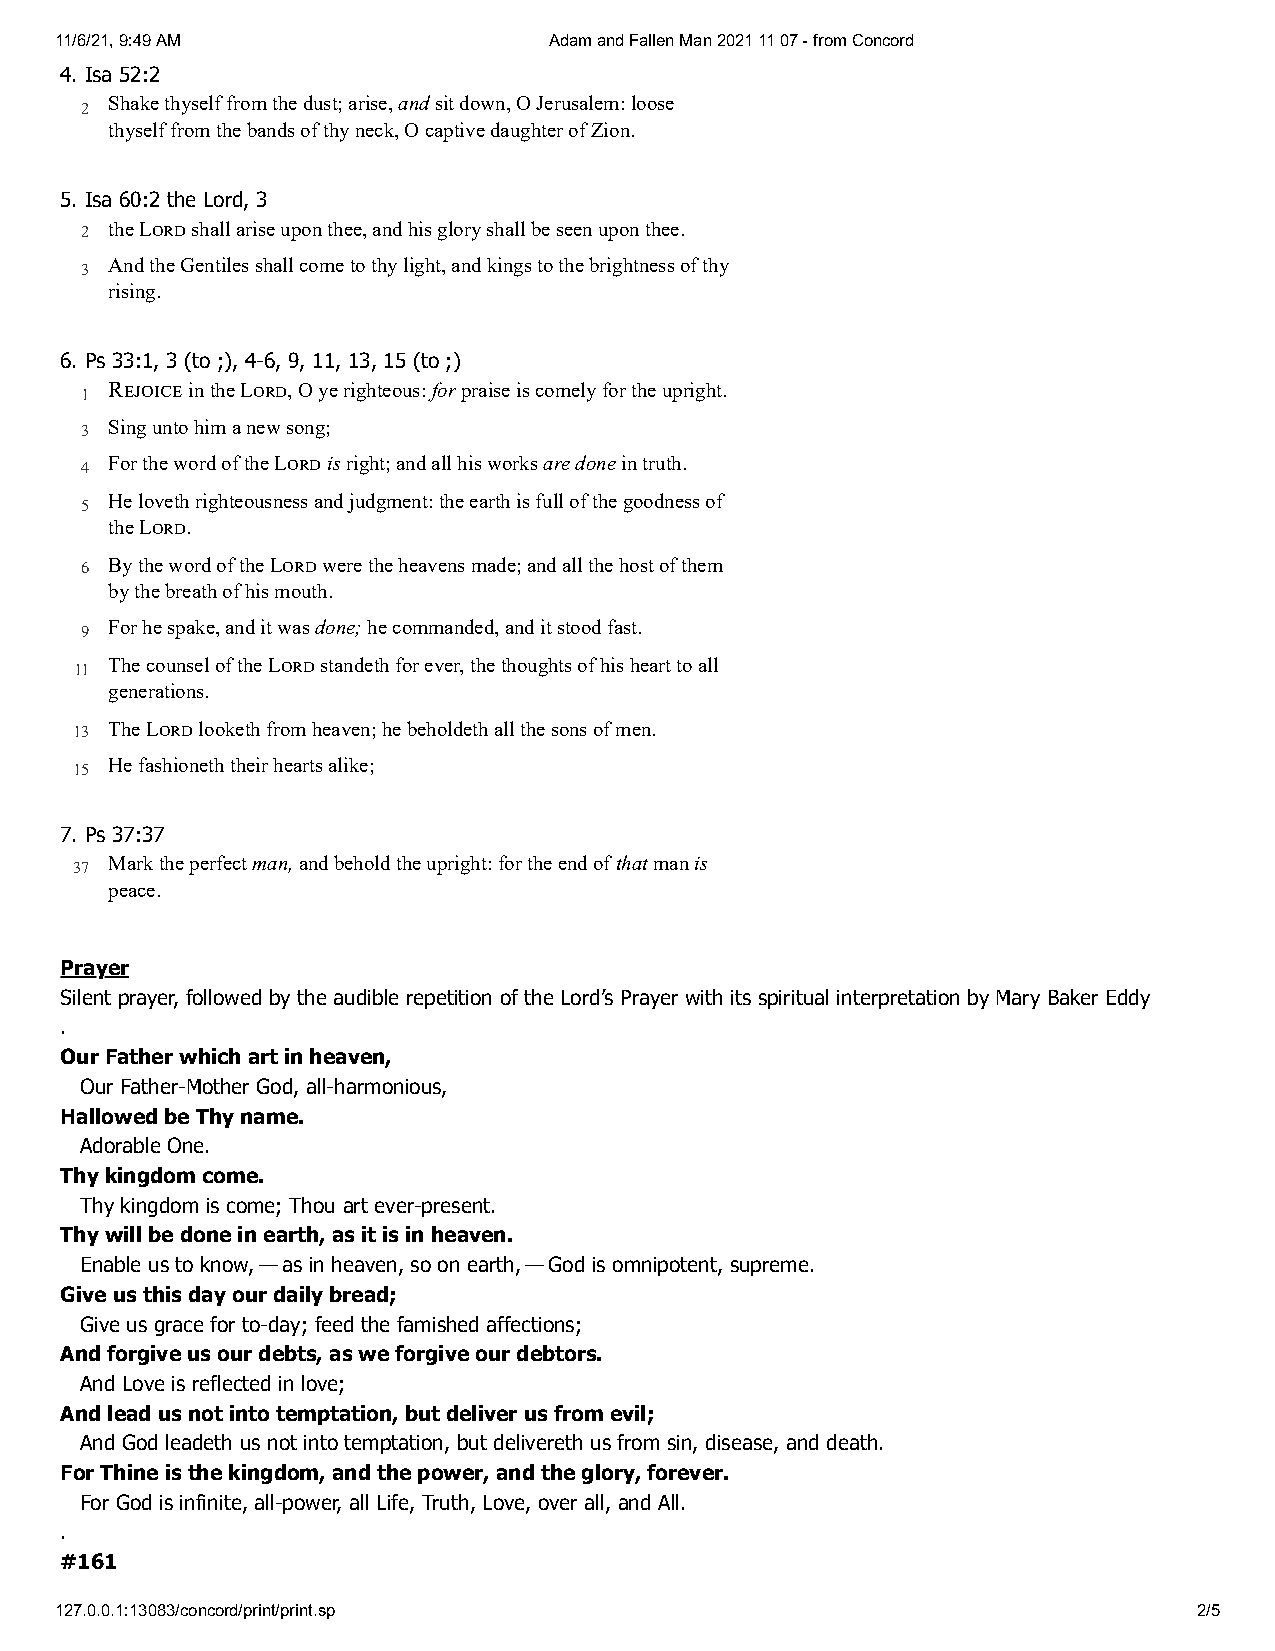
11/6/21, 9:49 AM                Adam and Fallen Man 2021 11 07 - from Concord
 4. Isa 52:2
 Shake thyself from the dust; arise, and sit down, O Jerusalem: loose
 2
 thyself from the bands of thy neck, O captive daughter of Zion.
 5. Isa 60:2 the Lord, 3
 2 the L shall arise upon thee, and his glory shall be seen upon thee.
 And the Gentiles shall come to thy light, and kings to the brightness of thy
 3
 rising.
 6. Ps 33:1, 3 (to ;), 4-6, 9, 11, 13, 15 (to ;)
 R in the L, O ye righteous: for praise is comely for the upright.
 1
 3 Sing unto him a new song;
 For the word of the L is right; and all his works are done in truth.
 4
 He loveth righteousness and judgment: the earth is full of the goodness of
 5
 the L.
 6 By the word of the L were the heavens made; and all the host of them
 by the breath of his mouth.
 For he spake, and it was done; he commanded, and it stood fast.
 9
 The counsel of the L standeth for ever, the thoughts of his heart to all
 11
 generations.
 13 The L looketh from heaven; he beholdeth all the sons of men.
 He fashioneth their hearts alike;
 15
 7. Ps 37:37
 Mark the perfect man, and behold the upright: for the end of that man is
 37
 peace.
 Prayer
 Silent prayer, followed by the audible repetition of the Lord’s Prayer with its spiritual interpretation by Mary Baker Eddy
 .
 Our Father which art in heaven,
 Our Father-Mother God, all-harmonious,
 Hallowed be Thy name.
 Adorable One.
 Thy kingdom come.
 Thy kingdom is come; Thou art ever-present.
 Thy will be done in earth, as it is in heaven.
 Enable us to know, — as in heaven, so on earth, — God is omnipotent, supreme.
 Give us this day our daily bread;
 Give us grace for to-day; feed the famished affections;
 And forgive us our debts, as we forgive our debtors.
 And Love is reflected in love;
 And lead us not into temptation, but deliver us from evil;
 And God leadeth us not into temptation, but delivereth us from sin, disease, and death.
 For Thine is the kingdom, and the power, and the glory, forever.
 For God is infinite, all-power, all Life, Truth, Love, over all, and All.
 .
 #161
 127.0.0.1:13083/concord/print/print.sp                                     2/5